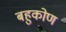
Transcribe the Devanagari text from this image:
बहुकोण